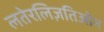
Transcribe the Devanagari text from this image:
लतेरलिज़तिओन